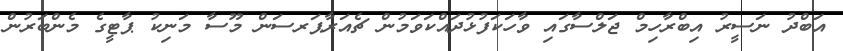
އަބްދު ނަސީރު އިބްރާހިމް ޖަލްސާގައި ވާހަކަފުޅުދައްކަވަމުން ޗެއަރާޕަރސަން މޫސާ މަނިކު ޕާޓީގެ މެންބަރުން